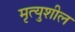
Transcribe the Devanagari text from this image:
मृत्युशील